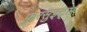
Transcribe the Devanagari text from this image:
फुरसुइट्स